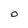
Character: 0